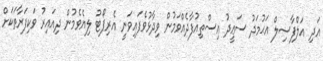
އަދި އަލްފާޟިލް އަޙުމަދު ސަޢީދު އިސްތިއުފާދެއްވަމުން ވިދާޅުވެފައިވަނީ އެރިޕޯޓު ލިޔެވެމުން ދިއައިރު ވަކިފަރާތަކަށް